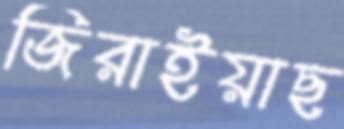
জিরাইয়াছ